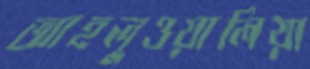
আহলুওয়ালিয়া